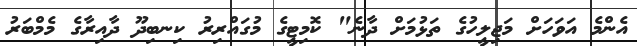
އެންމެ އަވަހަށް މަޖިލީހުގެ ތަޅުމަށް ދާނެ" ކޮމިޓީގެ މުގައްރިރު ކިނބިދޫ ދާއިރާގެ މެމްބަރު